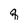
Character: q